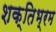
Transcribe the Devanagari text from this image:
शक्तिभ्रम